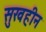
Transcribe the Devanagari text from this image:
सुखहीन